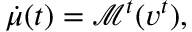
\dot { \mu } ( t ) = { \mathcal M } ^ { t } ( v ^ { t } ) ,